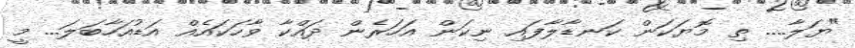
"ޔަލާ.... ތި މޮޔަކަން ކަނޑާލާފައި ނިކަން އަހަރެން ދައްކާ ވާހަކައެއް އަޑުއަހާބަލަ... މީ